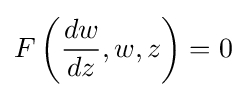
F\left({\frac {dw}{dz}},w,z\right)=0